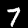
Label: 7